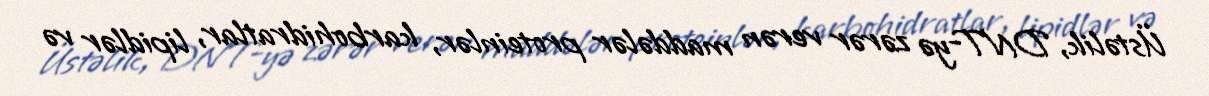
Üstəlik, DNT-yə zərər verən maddələr proteinlər, karbohidratlar, lipidlər və